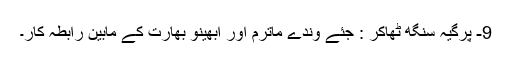
9- پرگیہ سنگھ ٹھاکر : جئے وندے ماترم اور ابھینو بھارت کے مابین رابطہ کار۔